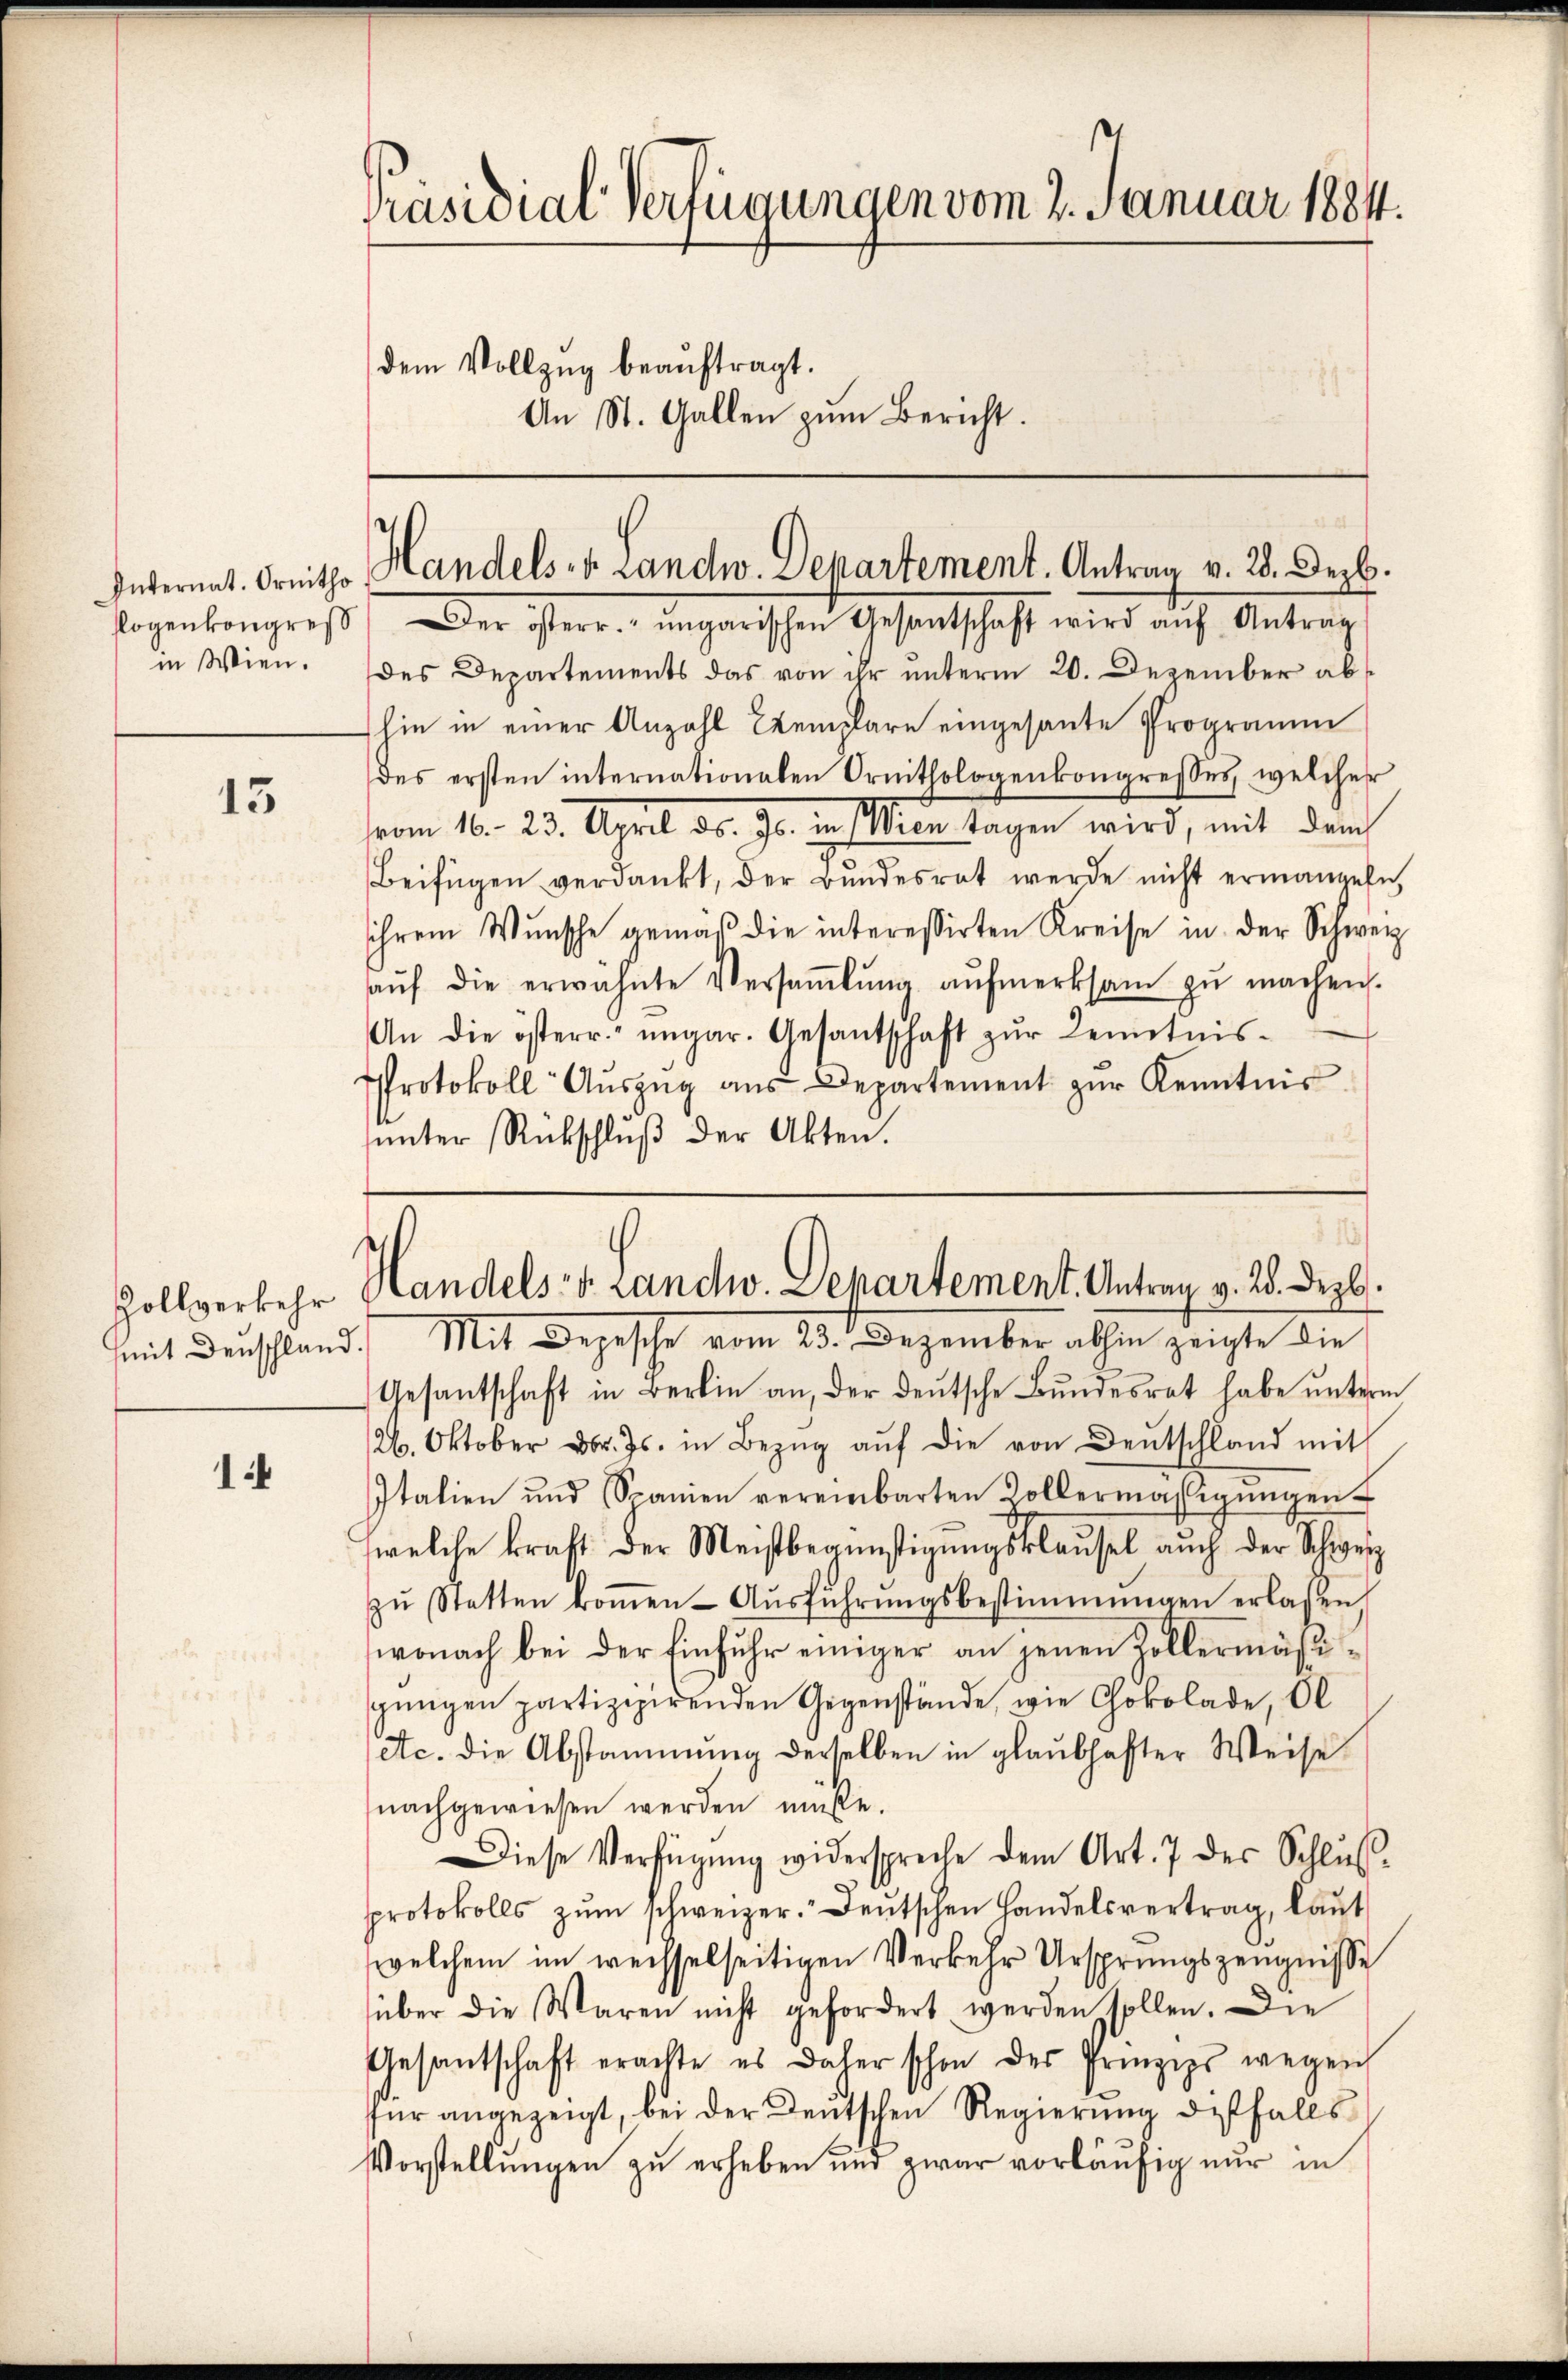
15

Zollverkehr
mit Deuschland.

1

Präsidial-Verfügungen vom 2. Januar 1884.
dem Vollzug beaŭftragt.
An St. Gallen zum Bericht.

Internat. Ortho Handels- u. Landw. Departement. Antrag v. 28. Dezb.
egenkongreß, der ihreren ungarischen Gesandtschaft wird auch Antrag

in Wien. Des Departements das von ihr unterm 20. Dezember abhin in einer Anzahl Exemplare eingesante Programm
des ersten internationalen Ornithologenkongresses, welcher
vom 16. 23. April d. Js. in Wien Tagen wird, mit dem
Beifügen verdankt, der Bŭndesrat werde nicht ermangete
ihrem Wunsche gemäβ die interessirten Kreise in der Schweiz
aŭf die erwähnte Versaṁlŭng aŭfmerksam zŭ machen.
An die österr. ungar. Gesantschaft zŭr Kenntnis-
Protokoll Aŭszŭg aŭs Departement zŭr Kenntnis
ŭnter Rückschlŭβ der Akten.

Handels- u. Landw. Departement. Antrag v. 2. Dezbr.
Mit Depesche vom 23. Dezember also zeigte die

Gesantschaft in Berlin an, der deutsche Bundesrat habe unterm
26. Oktober d. Js. in Bezŭg aŭf die von Deutschland mit
Italien und Spanien vereinbarten Zollermäβigŭngen
welche kraft der Meistbegünstigŭngsklausel auch der Schweiz
zŭ Statten koṁen Aŭsführŭngsbestimmungen erlassen
wonach bei der Einfuhr einiger an jenen Kollermäßigungen partizipierenden Gegenstände, wie Chokolade, Ol
etc. die Abstammung derselben in glaubhafter Weise
nachgewiesen werden müße.
Diese Verfügŭng widerspreche dem Art. 7 des Schlŭβ-
protokolls zŭm schweizer. Deutschen Handelsvertrag, laut
welchem im weisselseitigen Verkehr Ursprungszeugnisse
über die Waren nicht gefordert werden sollen. Die
Gesantschaft erachte es daher schon des Prinzips wegen
für angezeigt, bei der Deutschen Regierŭng desfalls
Vorstellŭngen zŭ erheben und zwar vorläŭfig nur in